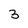
Character: 3